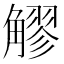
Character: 䚧